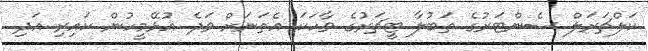
ކަލްޗަރަލް ސެންޓަރުގެ ތަބުލާ ޓީޗަރުގެ ވާހަކަ އެތަނަށް ވަދެ އުޅޭމީހުން ކައިރި އަދި